Vaccination report Assam 1874-1896 - 1874-1896
Year: 1874
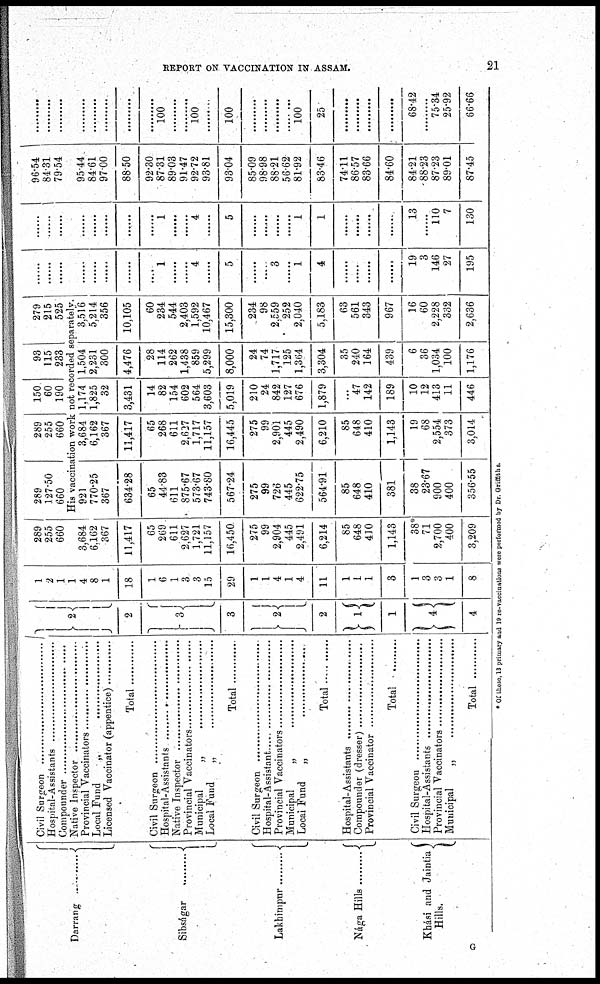
REPORT ON VACCINATION IN ASSAM.
21
Darrang............
Sibságar..............
Lakhimpur..........
Nága Hills
Khási and Jaintia
Hills.
Civil Surgeons.................
Hospital-Assistant.................
Compounder........................
Native Inspector..................
Provincial Vaccinators..................
Local Fund „ ..................
Licensed Vaccinators(appentice)..............
Total
Civil Surgeons.................
Hospital-Assistant.................
Native Inspector..................
Provincial Vaccinators..................
Municipal „ ..................
Local Fund „ ..................
Total...........
Civil Surgeons.................
Hospital-Assistant.................
Provincial Vaccinators..................
Municipal „ ..................
Local Fund „ ..................
Total
Hospital-Assistant.................
Compounder (dresser)..................
Provincial Vaccinators..................
Total................
Civil Surgeons.................
Hospital-Assistant.................
Provincial Vaccinators..................
Municipal „ ..................
Total
2
2
3
3
2
2
1
1
4
4
1
2
1
1
4
8
1
18
1
6
1
3
3 15
29
1
1
4
1
4
11
1
1
1
3
1
3
3
1
8
289
255
660
3,684
6,162
367
11,417
65
269
611
2,627
1,721 11,157
16,450
275
99
2,904
445
2,491
6,214
85
648
410
1,143
38*
71
2,700
400
3,209
289
127.50
660
289
255
660
150
60
190
93
115
233
279
215
525
His vaccination work not recorded separately.
921
770.25
367
634.28
65
44.83
611
875.67
573.67
743.80
567.24
275
99
726
445
622.75
564.91
85
648
410
381
38
23.67
900
400
356.55
3,684
6,162
367
11,417
65
268
611
2,627
1,717 11,157
16,445
275
99
2,901
445
2,490
6,210
85
648
410
1,143
19
68
2,554
373
3,014
1,174
1,825
32
3,431
14
82
154
602
564
3,603
5,019
210
24
842
127
676
1,879
...
47
142
189
10
12
413
11
446
1,504
2,231
300
4,476
28
114
262
1,438
859
5,299
8,000
24
74
1,717
125
1,364
3,304
35
240
164
439
6
36
1,034
100
1,176
3,516
5,214
356
10,105
60
234
544
2,403
1,592
10,467
15,300
234
98
2,559
252
2,040
5,183
63
561
343
967
16
60
2,228
332
2,636
.......
.......
.......
.......
.......
.......
.......
.......
.......
1
.......
4
4
.......
5
.......
.......
3
.......
1
4
.......
.......
.......
.......
19
3
146
27
195
.......
.......
.......
.......
.......
.......
.......
.......
.......
1
.......
4
4
.......
5
.......
.......
.......
.......
1
1
.......
.......
.......
.......
13
.......
110
7
130
96.54
84.31
79.54
95.44
84.61
97.00
88.50
92.30
87.31
89.03
91.47
92.72
93.81
93.04
85.09
98.98
88.21
56.62
81.92
83.46
74.11
86.57
83.66
84.60
84.21
88.23
87.23
89.01
87.45
.......
.......
.......
.......
.......
.......
.......
.......
.......
100
.......
.......
100
.......
100
.......
.......
.......
.......
100
25
.......
.......
.......
.......
68.42
.......
75.34
25.92
66.66
* Or these, 13 primary and 19 re-vaccinations were performed by Dr. Griffiths.
G